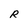
Character: R